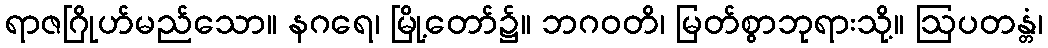
ရာဇဂြိုဟ်မည်သော။ နဂရေ၊ မြို့တော်၌။ ဘဂဝတိ၊ မြတ်စွာဘုရားသို့။ ဩပတန္တံ၊